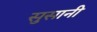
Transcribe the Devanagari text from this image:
सुसानी